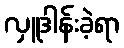
လှူဒါန်းခဲ့ရာ